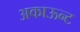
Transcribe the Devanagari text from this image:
अकाऊन्ट